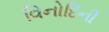
વિનોદિની